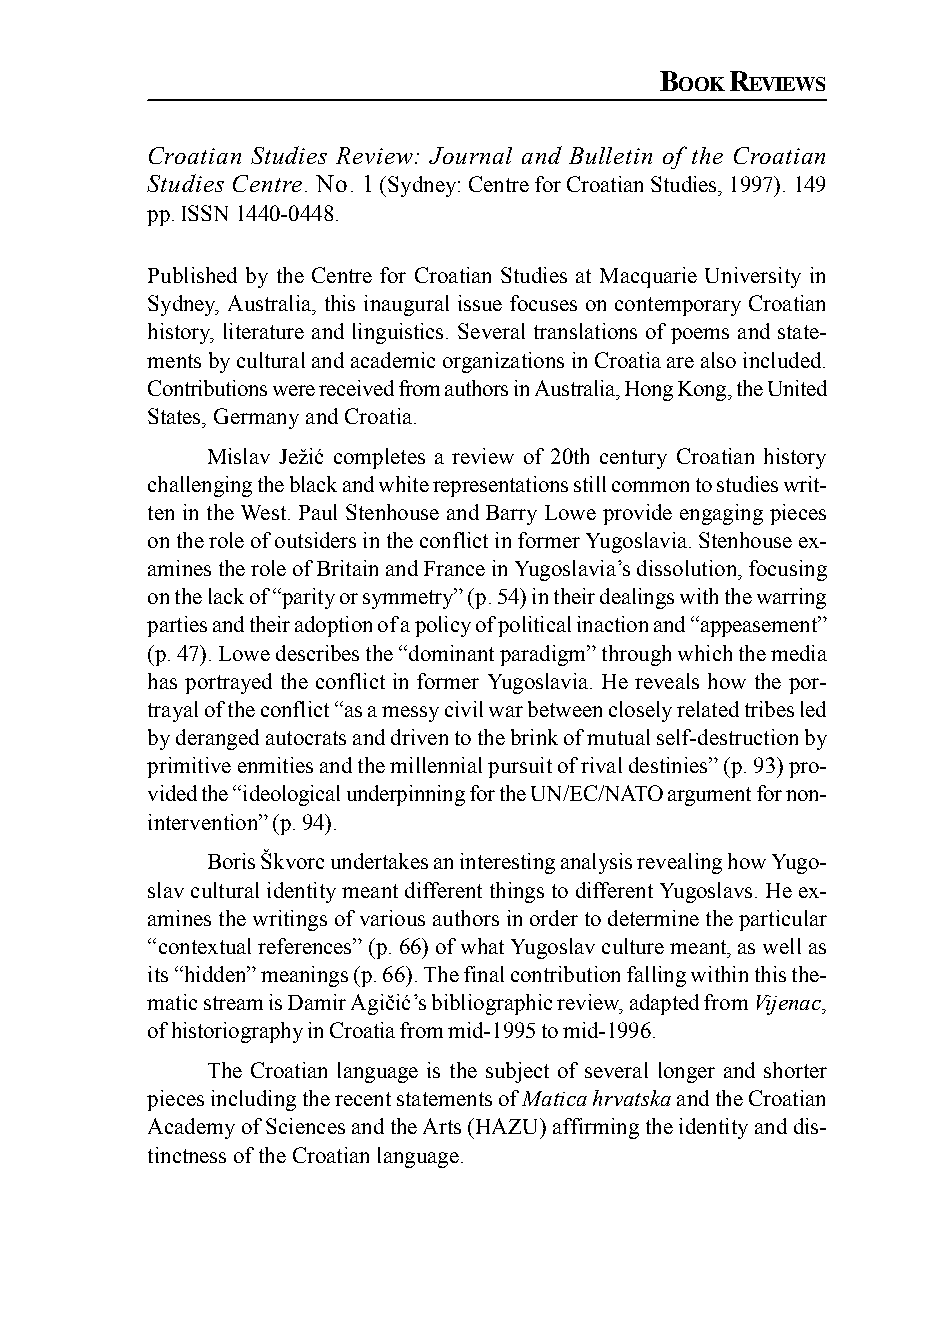
B   R
 OOK  EVIE2W2S1
 Croatian Studies Review: Journal and Bulletin of the Croatian
 Studies Centre. No. 1 (Sydney: Centre for Croatian Studies, 1997). 149
 pp. ISSN 1440-0448.
 Published by the Centre for Croatian Studies at Macquarie University in
 Sydney, Australia, this inaugural issue focuses on contemporary Croatian
 history, literature and linguistics. Several translations of poems and state-
 ments by cultural and academic organizations in Croatia are also included.
 Contributions were received from authors in Australia, Hong Kong, the United
 States, Germany and Croatia.
 Mislav Ježić completes a review of 20th century Croatian history
 challenging the black and white representations still common to studies writ-
 ten in the West. Paul Stenhouse and Barry Lowe provide engaging pieces
 on the role of outsiders in the conflict in former Yugoslavia. Stenhouse ex-
 amines the role of Britain and France in Yugoslavia’s dissolution, focusing
 on the lack of “parity or symmetry” (p. 54) in their dealings with the warring
 parties and their adoption of a policy of political inaction and “appeasement”
 (p. 47). Lowe describes the “dominant paradigm” through which the media
 has portrayed the conflict in former Yugoslavia. He reveals how the por-
 trayal of the conflict “as a messy civil war between closely related tribes led
 by deranged autocrats and driven to the brink of mutual self-destruction by
 primitive enmities and the millennial pursuit of rival destinies” (p. 93) pro-
 vided the “ideological underpinning for the UN/EC/NATO argument for non-
 intervention” (p. 94).
 Boris Škvorc undertakes an interesting analysis revealing how Yugo-
 slav cultural identity meant different things to different Yugoslavs. He ex-
 amines the writings of various authors in order to determine the particular
 “contextual references” (p. 66) of what Yugoslav culture meant, as well as
 its “hidden” meanings (p. 66). The final contribution falling within this the-
 matic stream is Damir Agičić’s bibliographic review, adapted from Vijenac,
 of historiography in Croatia from mid-1995 to mid-1996.
 The Croatian language is the subject of several longer and shorter
 pieces including the recent statements of Matica hrvatska and the Croatian
 Academy of Sciences and the Arts (HAZU) affirming the identity and dis-
 tinctness of the Croatian language.